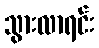
သွားလာရင်း